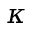
\kappa